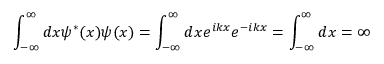
\int _ { - \infty } ^ { \infty } d x \psi ^ { * } ( x ) \psi ( x ) = \int _ { - \infty } ^ { \infty } d x e ^ { i k x } e ^ { - i k x } = \int _ { - \infty } ^ { \infty } d x = \infty